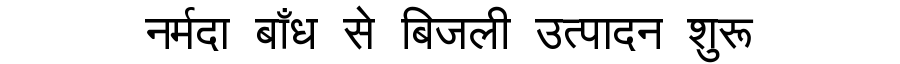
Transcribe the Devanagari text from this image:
नर्मदा बाँध से बिजली उत्पादन शुरू